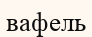
вафель